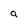
Character: a